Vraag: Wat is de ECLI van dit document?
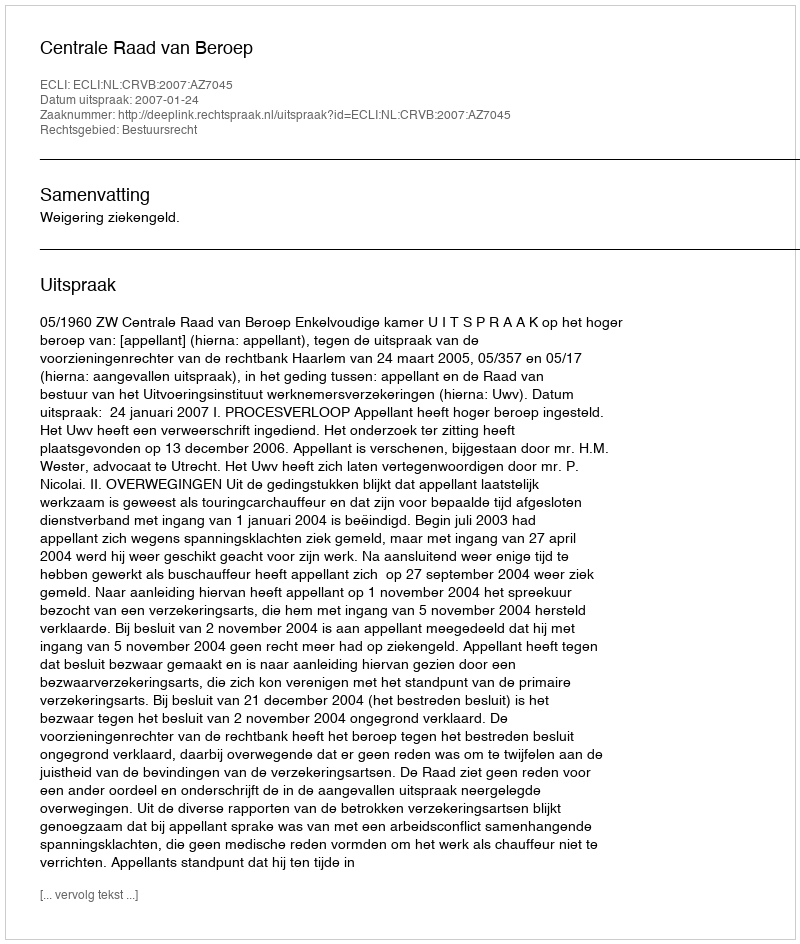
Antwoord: ECLI:NL:CRVB:2007:AZ7045